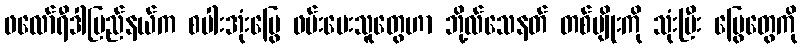
ဖလော်ရီဒါပြည်နယ်က စပါးအုံးမြွေ ဖမ်းပေးသူတွေဟာ ဘို့လ်သေနတ် တစ်မျိုးကို သုံးပြီး မြွေတွေကို